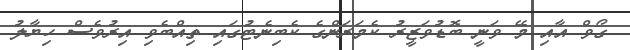
ގޯވް އާއި މޭ ވަނީ ބޮޑުވަޒީރު ކެމަރަންގެ ކެބިނެޓުގައި ތިއްބެވި އިރުވެސް ހިޔާލު